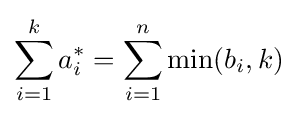
\sum _{i=1}^{k}a_{i}^{*}=\sum _{i=1}^{n}\min(b_{i},k)